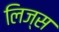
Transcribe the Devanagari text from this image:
लिज्स